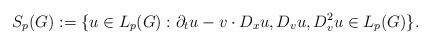
\begin{align*} S_p (G) := \{u \in L_p (G): \partial_t u - v \cdot D_x u, D_v u, D^2_v u \in L_p (G)\}.\end{align*}